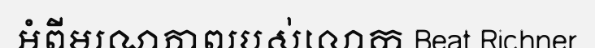
អំពីមរណភាពរបស់លោក Beat Richner